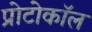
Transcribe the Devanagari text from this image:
प्रोटोकाॅल